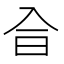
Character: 𠓤